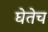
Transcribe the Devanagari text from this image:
घेतेच